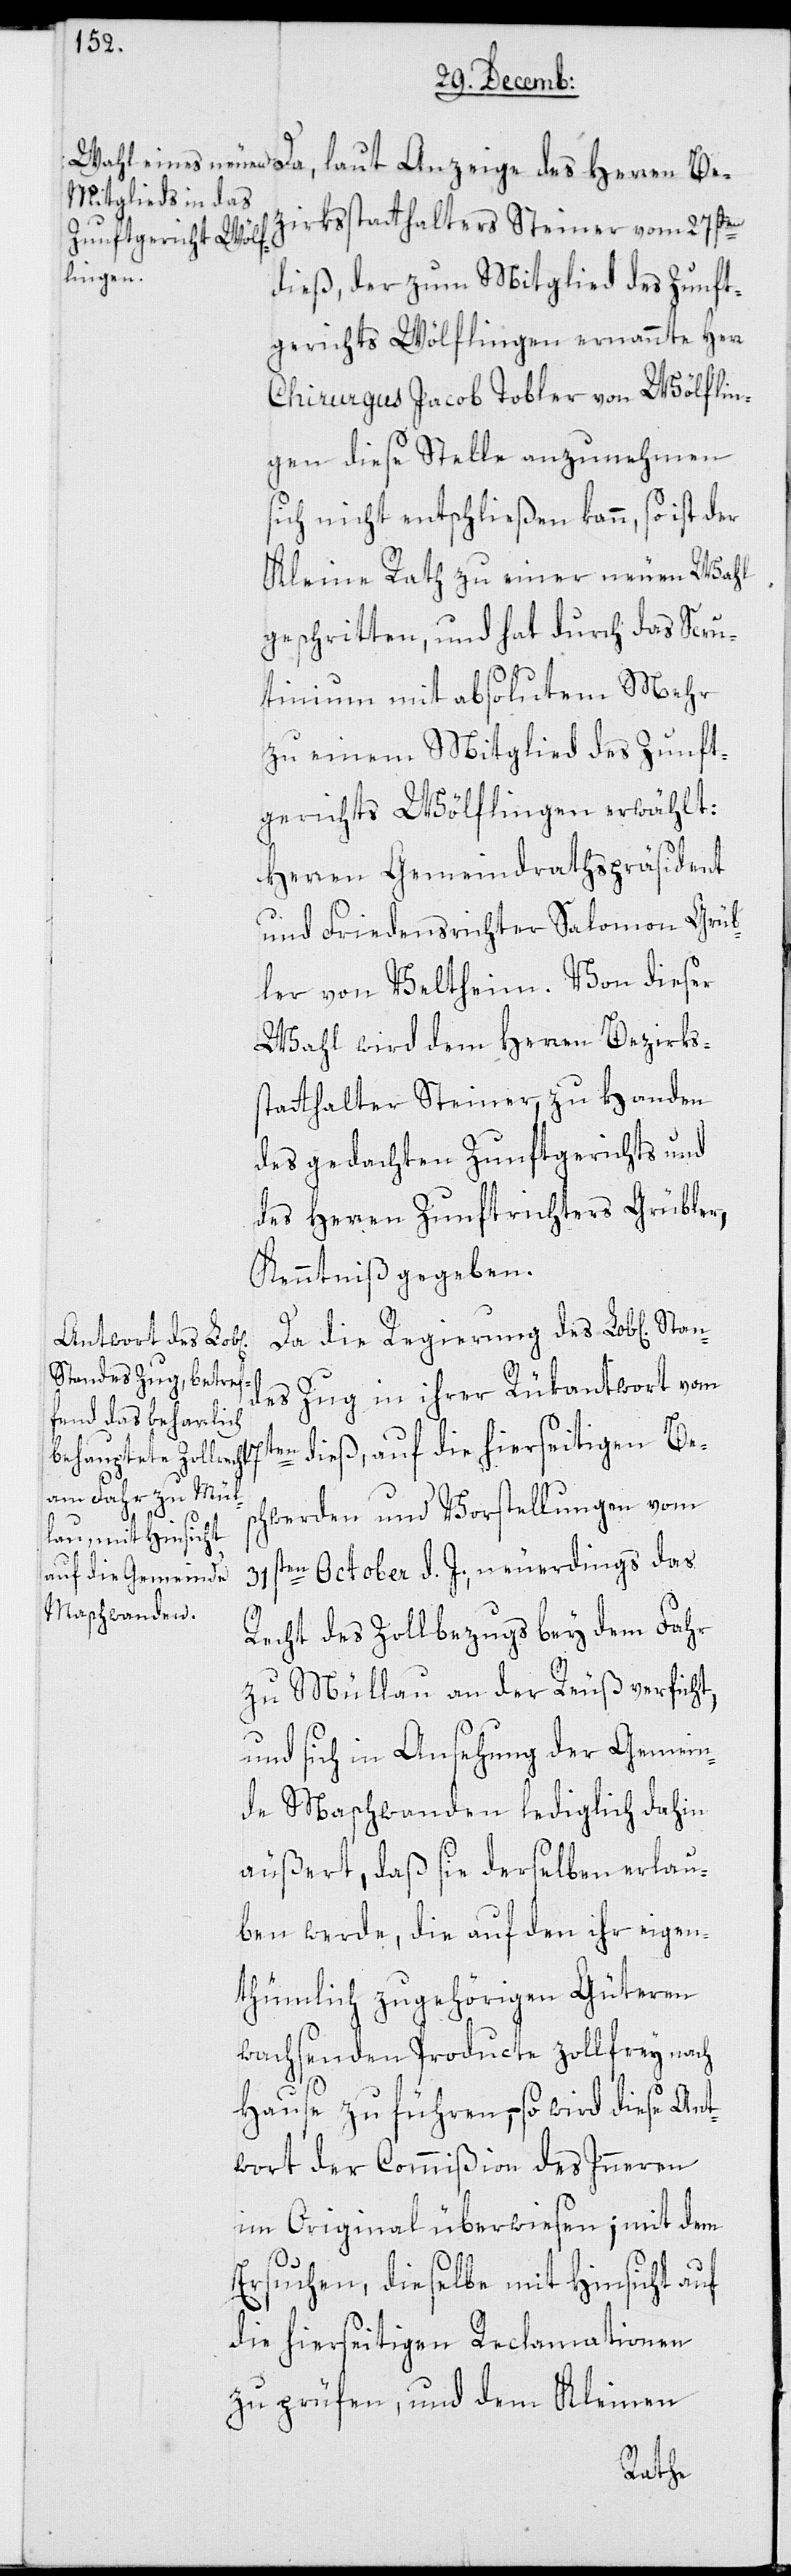
zirksstatthalters Steiner vom 27sten
dieß, der zum Mitglied des Zunft¬
gerichts Wölflingen ernannte Herr
Chirurgus Jacob Tobler von Wölflin¬
gen diese Stelle anzunehmen
sich nicht entschließen kann, so ist der
Kleine Rath zu einer neuen Wahl
geschritten, und hat durch das Scru¬
tinium mit absolutem Mehr
zu einem Mitglied des Zunft¬
gerichts Wölflingen erwählt:
Herren Gemeindrathspräsident
und Friedensrichter Salomon Grüb¬
ler von Veltheim. Von dieser
Wahl wird dem Herren Bezirks¬
statthalter Steiner, zu Handen
des gedachten Zunftgerichts und
des Herren Zunftrichters Grübler
Kenntniß gegeben.
Da die Regierung des Lob[lichen]
ndes Zug in ihrer Rükantwort vom
en dieß, auf die hierseitigen Bes¬
chwerden und Vorstellungen vom
7t¬
31sten October d. J., neuerdings das
Recht des Zollbezugs bey dem Fahr
zu Müllau an der Reuß verficht,
und sich in Ansehung der Gemein¬
de Maschwanden lediglich dahin
äußert, daß sie derselben erlau¬
ben werde, die auf den ihr eigen¬
thümlich zugehörigen Güteren
wachsenden Producte zollfrey nach
Hause zu führen, – so wird dieße Ant¬
wort der Commißion des Inneren
im Original überwiesen; mit dem
Ersuchen, dieselbe mit Hinsicht auf
die hierseitigen Reclamationen
zu prüfen, und dem Kleinen